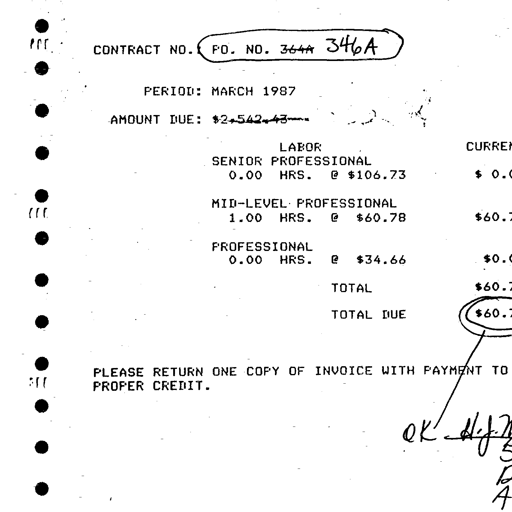
Transcript:
CONTRACT NO. ( PO. NO. 364A 346A)
PERIOD: MARCH 1987
AMOUNT DUE: $2,542.43
LABOR CURRENT
SENIOR PROFESSIONAL
0.00 HRS. @ $106.73 $ 0.0
MID-LEVEL PROFESSIONAL
1.00 HRS. @ $60.78 $60.7
PROFESSIONAL
0.00 HRS. @ $34.66 $0.0
TOTAL $60.7
TOTAL DUE ( $60.7 )
PLEASE RETURN ONE COPY OF INVOICE WITH PAYMENT TO
PROPER CREDIT.
OK H.J.M